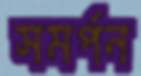
সমর্পন